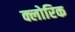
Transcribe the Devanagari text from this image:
क्लोरिक